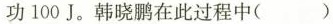
功100J.韩晓鹏在此过程中( )